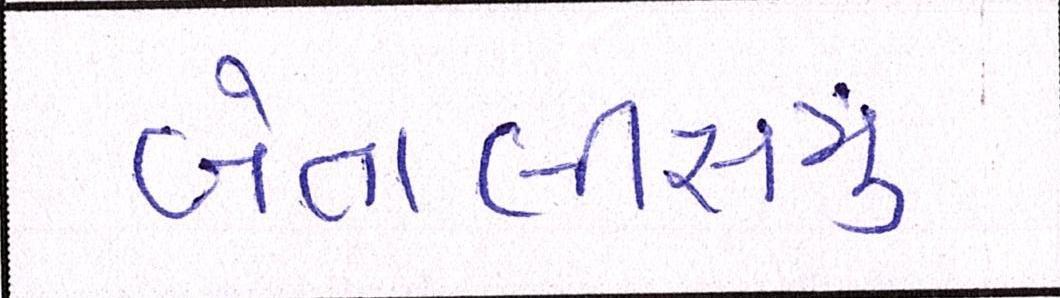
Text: બેતાલીસમું